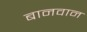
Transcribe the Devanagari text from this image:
बानवान